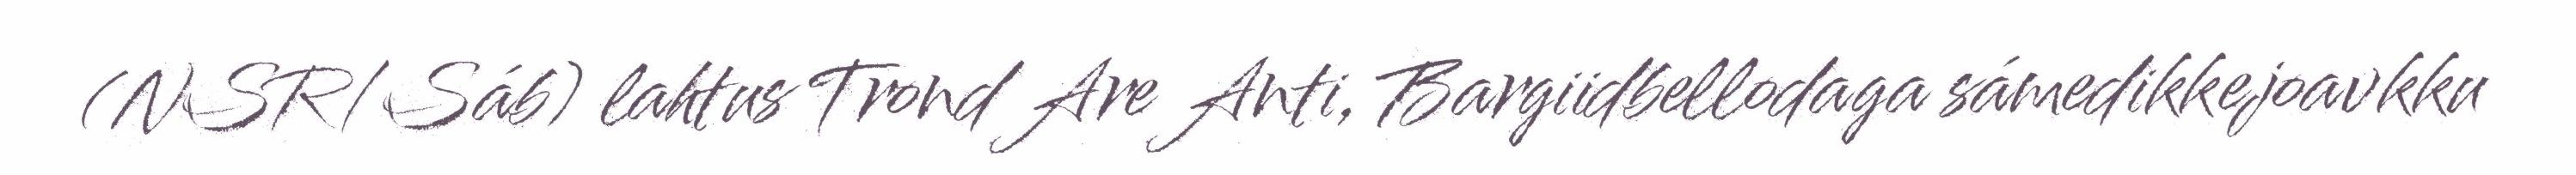
(NSR/Sáb) lahtus Trond Are Anti, Bargiidbellodaga sámedikkejoavkku